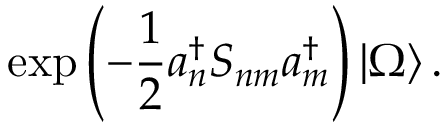
\exp \left( { - \frac { 1 } { 2 } a _ { n } ^ { \dagger } S _ { n m } a _ { m } ^ { \dagger } } \right) | \Omega \rangle \, .